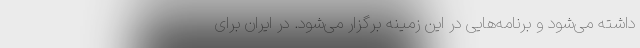
داشته می‌شود و برنامه‌هایی در این زمینه برگزار می‌شود. در ایران برای